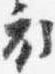
衣